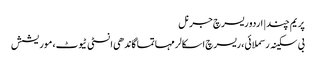
پریم چند | اردو ریسرچ جرنل
بی سکینہ رسملائی، ریسرچ اسکالر مہاتما گاندھی انسٹی ٹیوٹ، موریشش